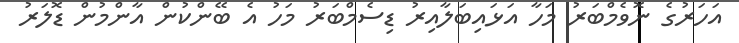
އަހަރުގެ ނޮވެމްބަރު މަހާ އަޅައިބަލާއިރު ޑިސެމްބަރު މަހު އެ ބޭންކުން އާންމުން ޑޮލަރު